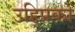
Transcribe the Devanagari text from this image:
उद्दिपकों